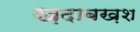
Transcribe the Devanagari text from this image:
ख़दाबख़श